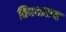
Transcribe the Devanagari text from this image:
विषयज्ञान